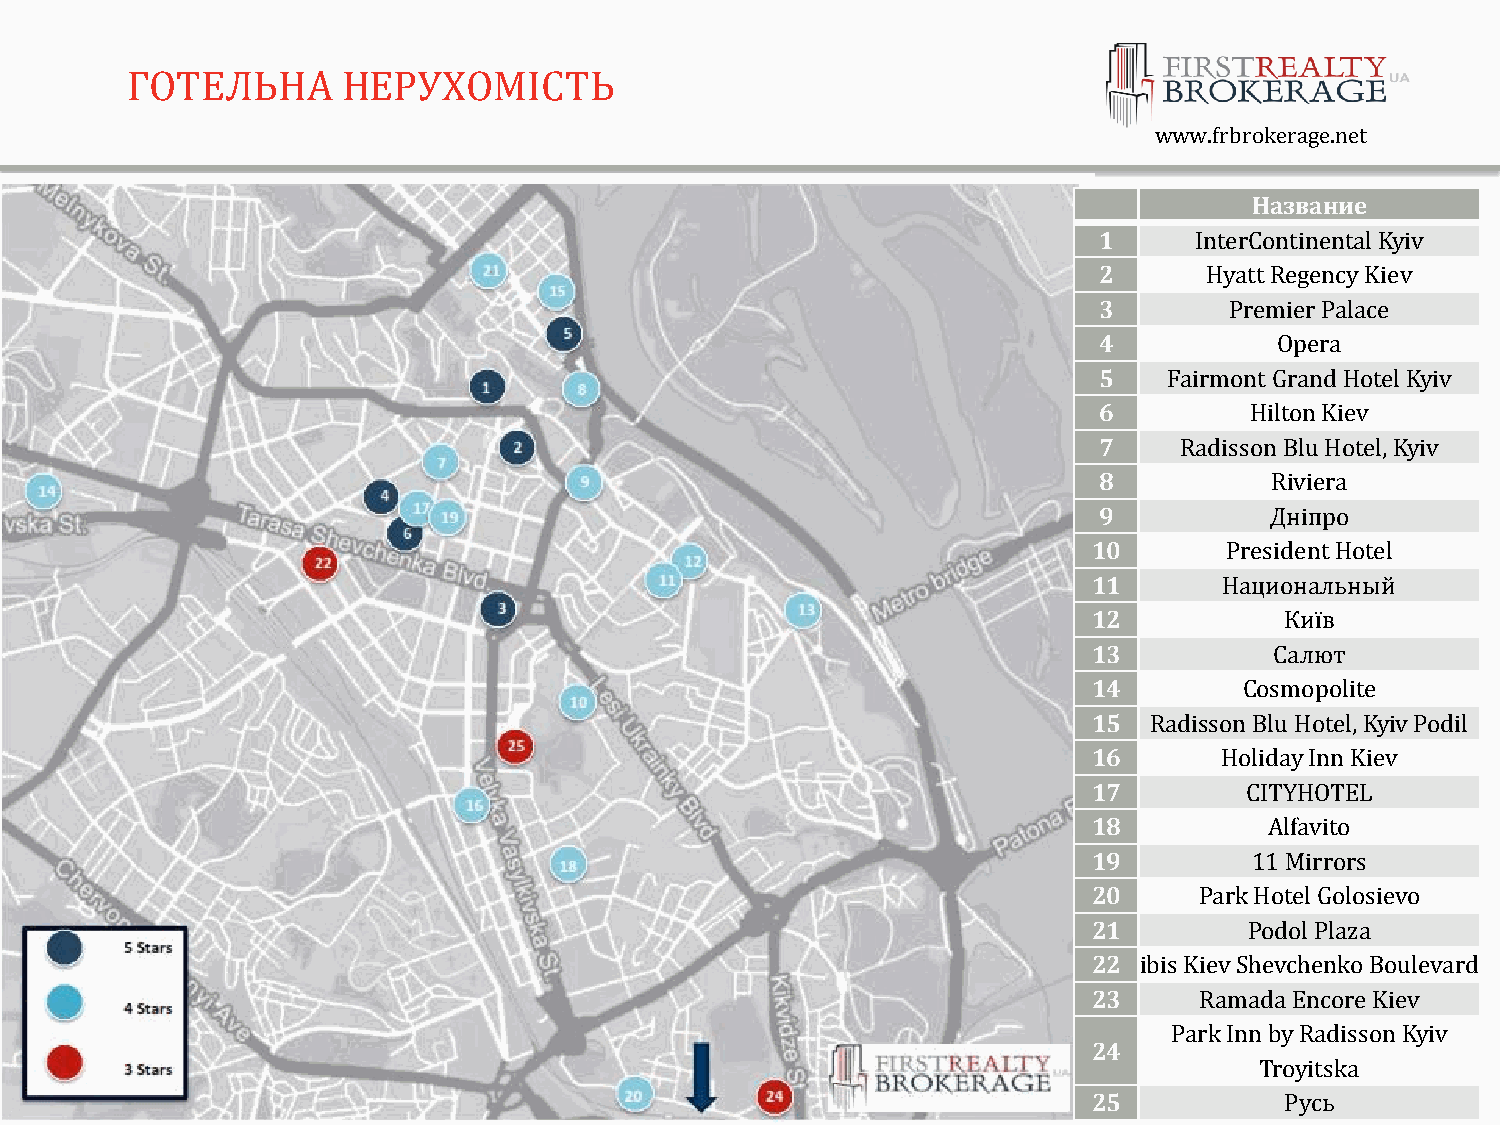
FIRST REALTY
 BROKERAGE
 ГОТЕЛЬНА       НЕРУХОМІСТЬ
 Y2014
 www.frbrokerage.net
 Название
 1     InterContinental Kyiv
 2      Hyatt Regency Kiev
 3       Premier Palace
 4           Opera
 5   Fairmont Grand Hotel Kyiv
 6         Hilton Kiev
 7    Radisson Blu Hotel, Kyiv
 8          Riviera
 9          Дніпро
 10       President Hotel
 11       Национальный
 12           Київ
 13          Салют
 14        Cosmopolite
 15  Radisson Blu Hotel, Kyiv Podil
 16       Holiday Inn Kiev
 17        CITYHOTEL
 18          Alfavito
 19         11 Mirrors
 20     Park Hotel Golosievo
 21         Podol Plaza
 22 ibis Kiev Shevchenko Boulevard
 23     Ramada Encore Kiev
 Park Inn by Radisson Kyiv
 24
 Troyitska
 25           Русь